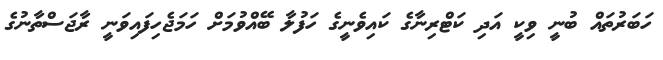
ހަބަރުތައް ބުނީ ވިކީ އަދި ކަޓްރިނާގެ ކައިވެނީގެ ހަފުލާ ބޭއްވުމަށް ހަމަޖެހިފައިވަނީ ރާޖަސްތާނުގެ